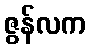
ဇွန်လက